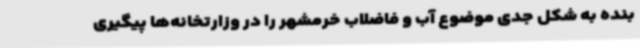
بنده به شکل جدی موضوع آب و فاضلاب خرمشهر را در وزارتخانه‌ها پیگیری